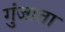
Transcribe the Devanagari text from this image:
गुंजाता